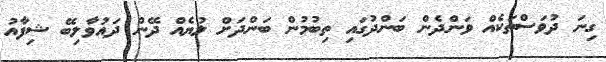
ގިނަ ދުވަސްތަކެއް ވަންދެން ބަންދުގައި ތިބުމުން ބަންދަށް ލުޔެއް ދޭން ދައުވާލިބޭ ޝިފާއު